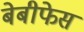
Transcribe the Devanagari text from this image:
बेबीफेस